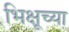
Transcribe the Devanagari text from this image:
भिक्षूच्या